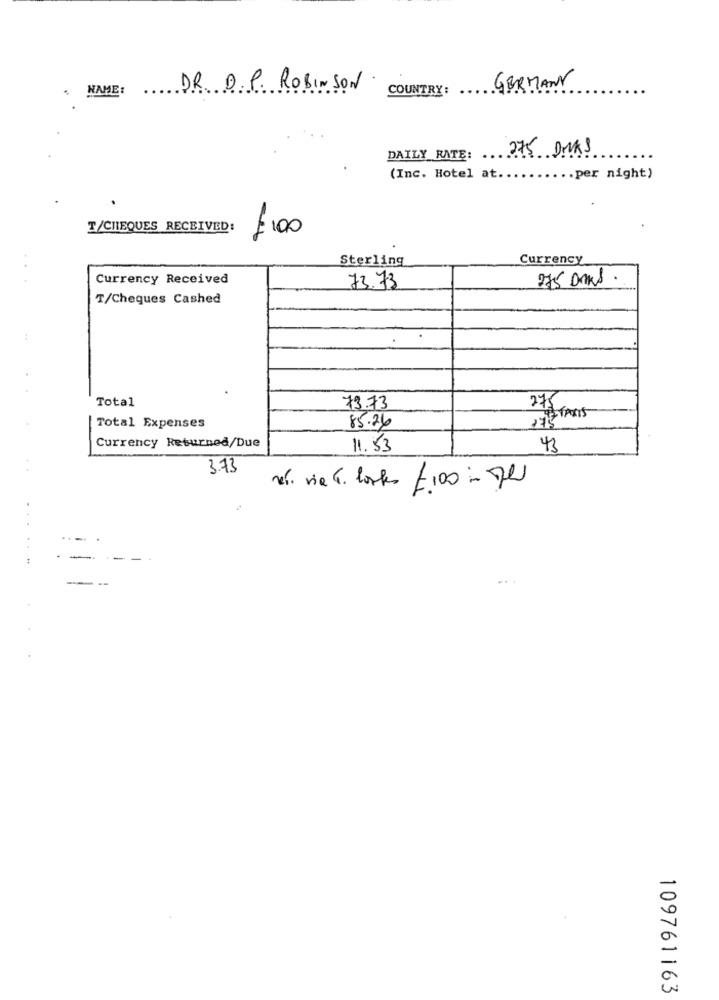
NAME: DR. D. P. ROBINSON
COUNTRY: ...
GERMANY
275 DIAS
DAILY RATE: ..
(Inc. Hotel at.
... per night)
T/CHEQUES RECEIVED:
£100
Sterling
Currency
Currency Received
275 Dans.
73.73
T/Cheques Cashed
Total
73.73
275
TAXIS
Total Expenses
85.26
Currency Returned/Due
11.53
43
3.73
nel. via 4. lostes 7.100 - 71
109761163